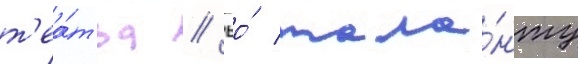
т'еа́тра // Ео́ тала́нту